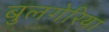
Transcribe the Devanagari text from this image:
बुलगेरिया